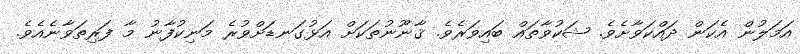
އަމަލުން އެކަން ދައްކަވާށެވެ. ޝަކުވާތައް ބައިވަރެވެ. ޤާނޫނުތަކަށް އަޅުގަނޑަށްވުރެ މަނިކުފާނު މާ ފަރިތަވާނެއެވެ.